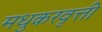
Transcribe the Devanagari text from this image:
मधुकरवृत्ती